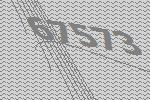
67573